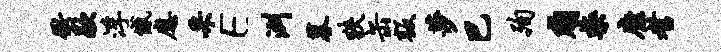
冲歇浮憾应采E洲暮狭缶叛莎巴殉贱禁靡耆